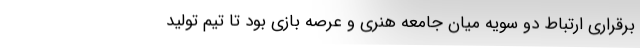
برقراری ارتباط دو سویه میان جامعه هنری و عرصه بازی بود تا تیم تولید